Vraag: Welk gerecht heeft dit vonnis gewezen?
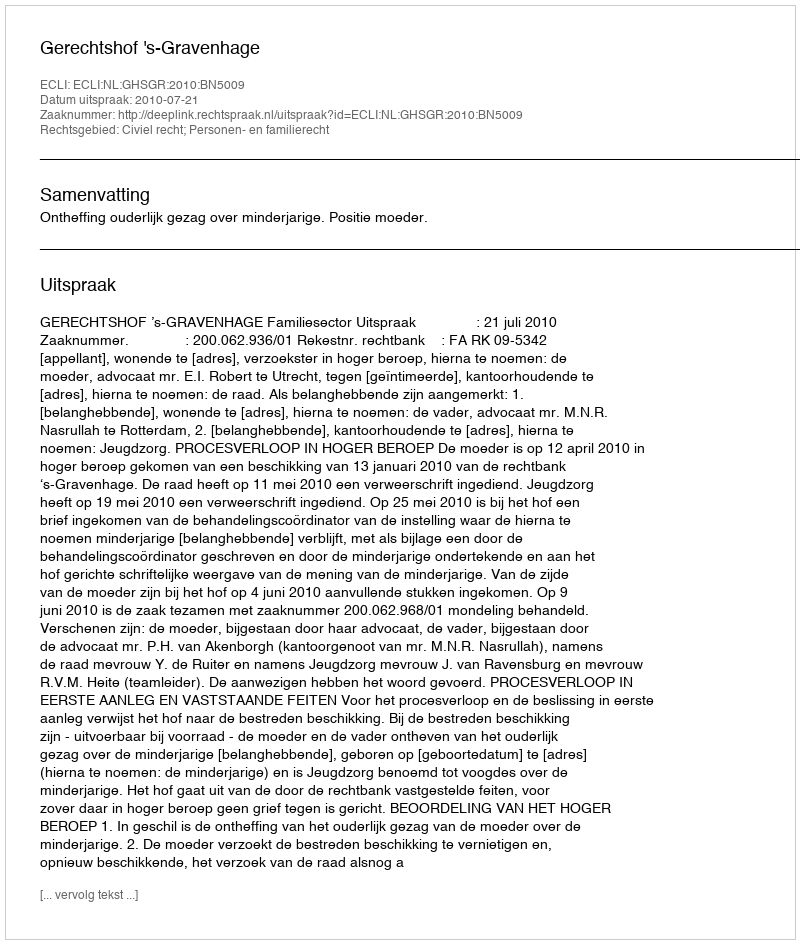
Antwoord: Gerechtshof 's-Gravenhage